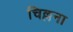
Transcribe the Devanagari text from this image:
चिल्लना